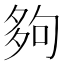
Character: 夠